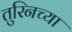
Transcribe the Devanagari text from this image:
तुरिनच्या